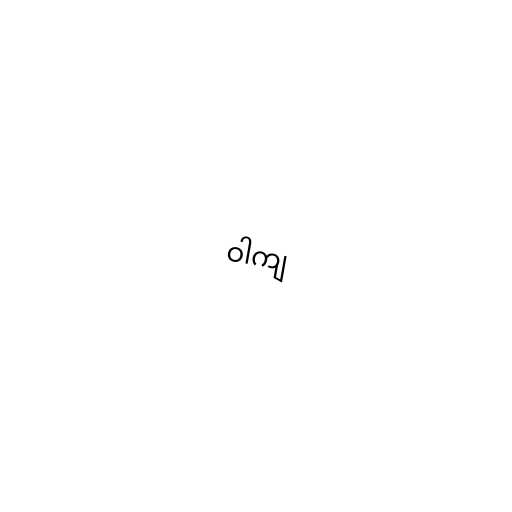
ဝါကျ